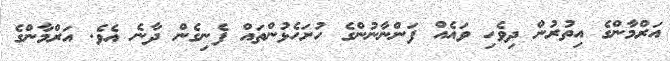
އަރްމާންގެ އިތުރުން ދިވެހި ވައެއް ފަންނާނުންގެ ހުށަހެޅުންތައް ފެނިގެން ދާނެ އެވެ. އަރްމާންގެ